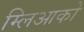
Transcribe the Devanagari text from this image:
म्लिआको